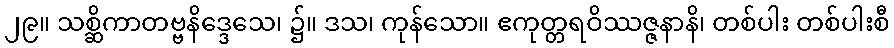
၂၉။ သစ္ဆိကာတဗ္ဗနိဒ္ဒေသေ၊ ၌။ ဒသ၊ ကုန်သော။ ဧကုတ္တရဝိဿဇ္ဇနာနိ၊ တစ်ပါး တစ်ပါးစီ